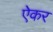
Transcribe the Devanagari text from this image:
ऐकर